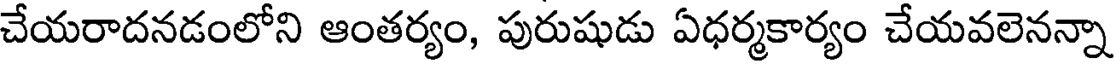
చేయరాదనడంలోని ఆంతర్యం, పురుషుడు ఏధర్మకార్యం చేయవలెనన్నా